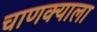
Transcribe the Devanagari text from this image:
चाणक्याला